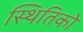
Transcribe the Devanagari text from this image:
स्थितिको